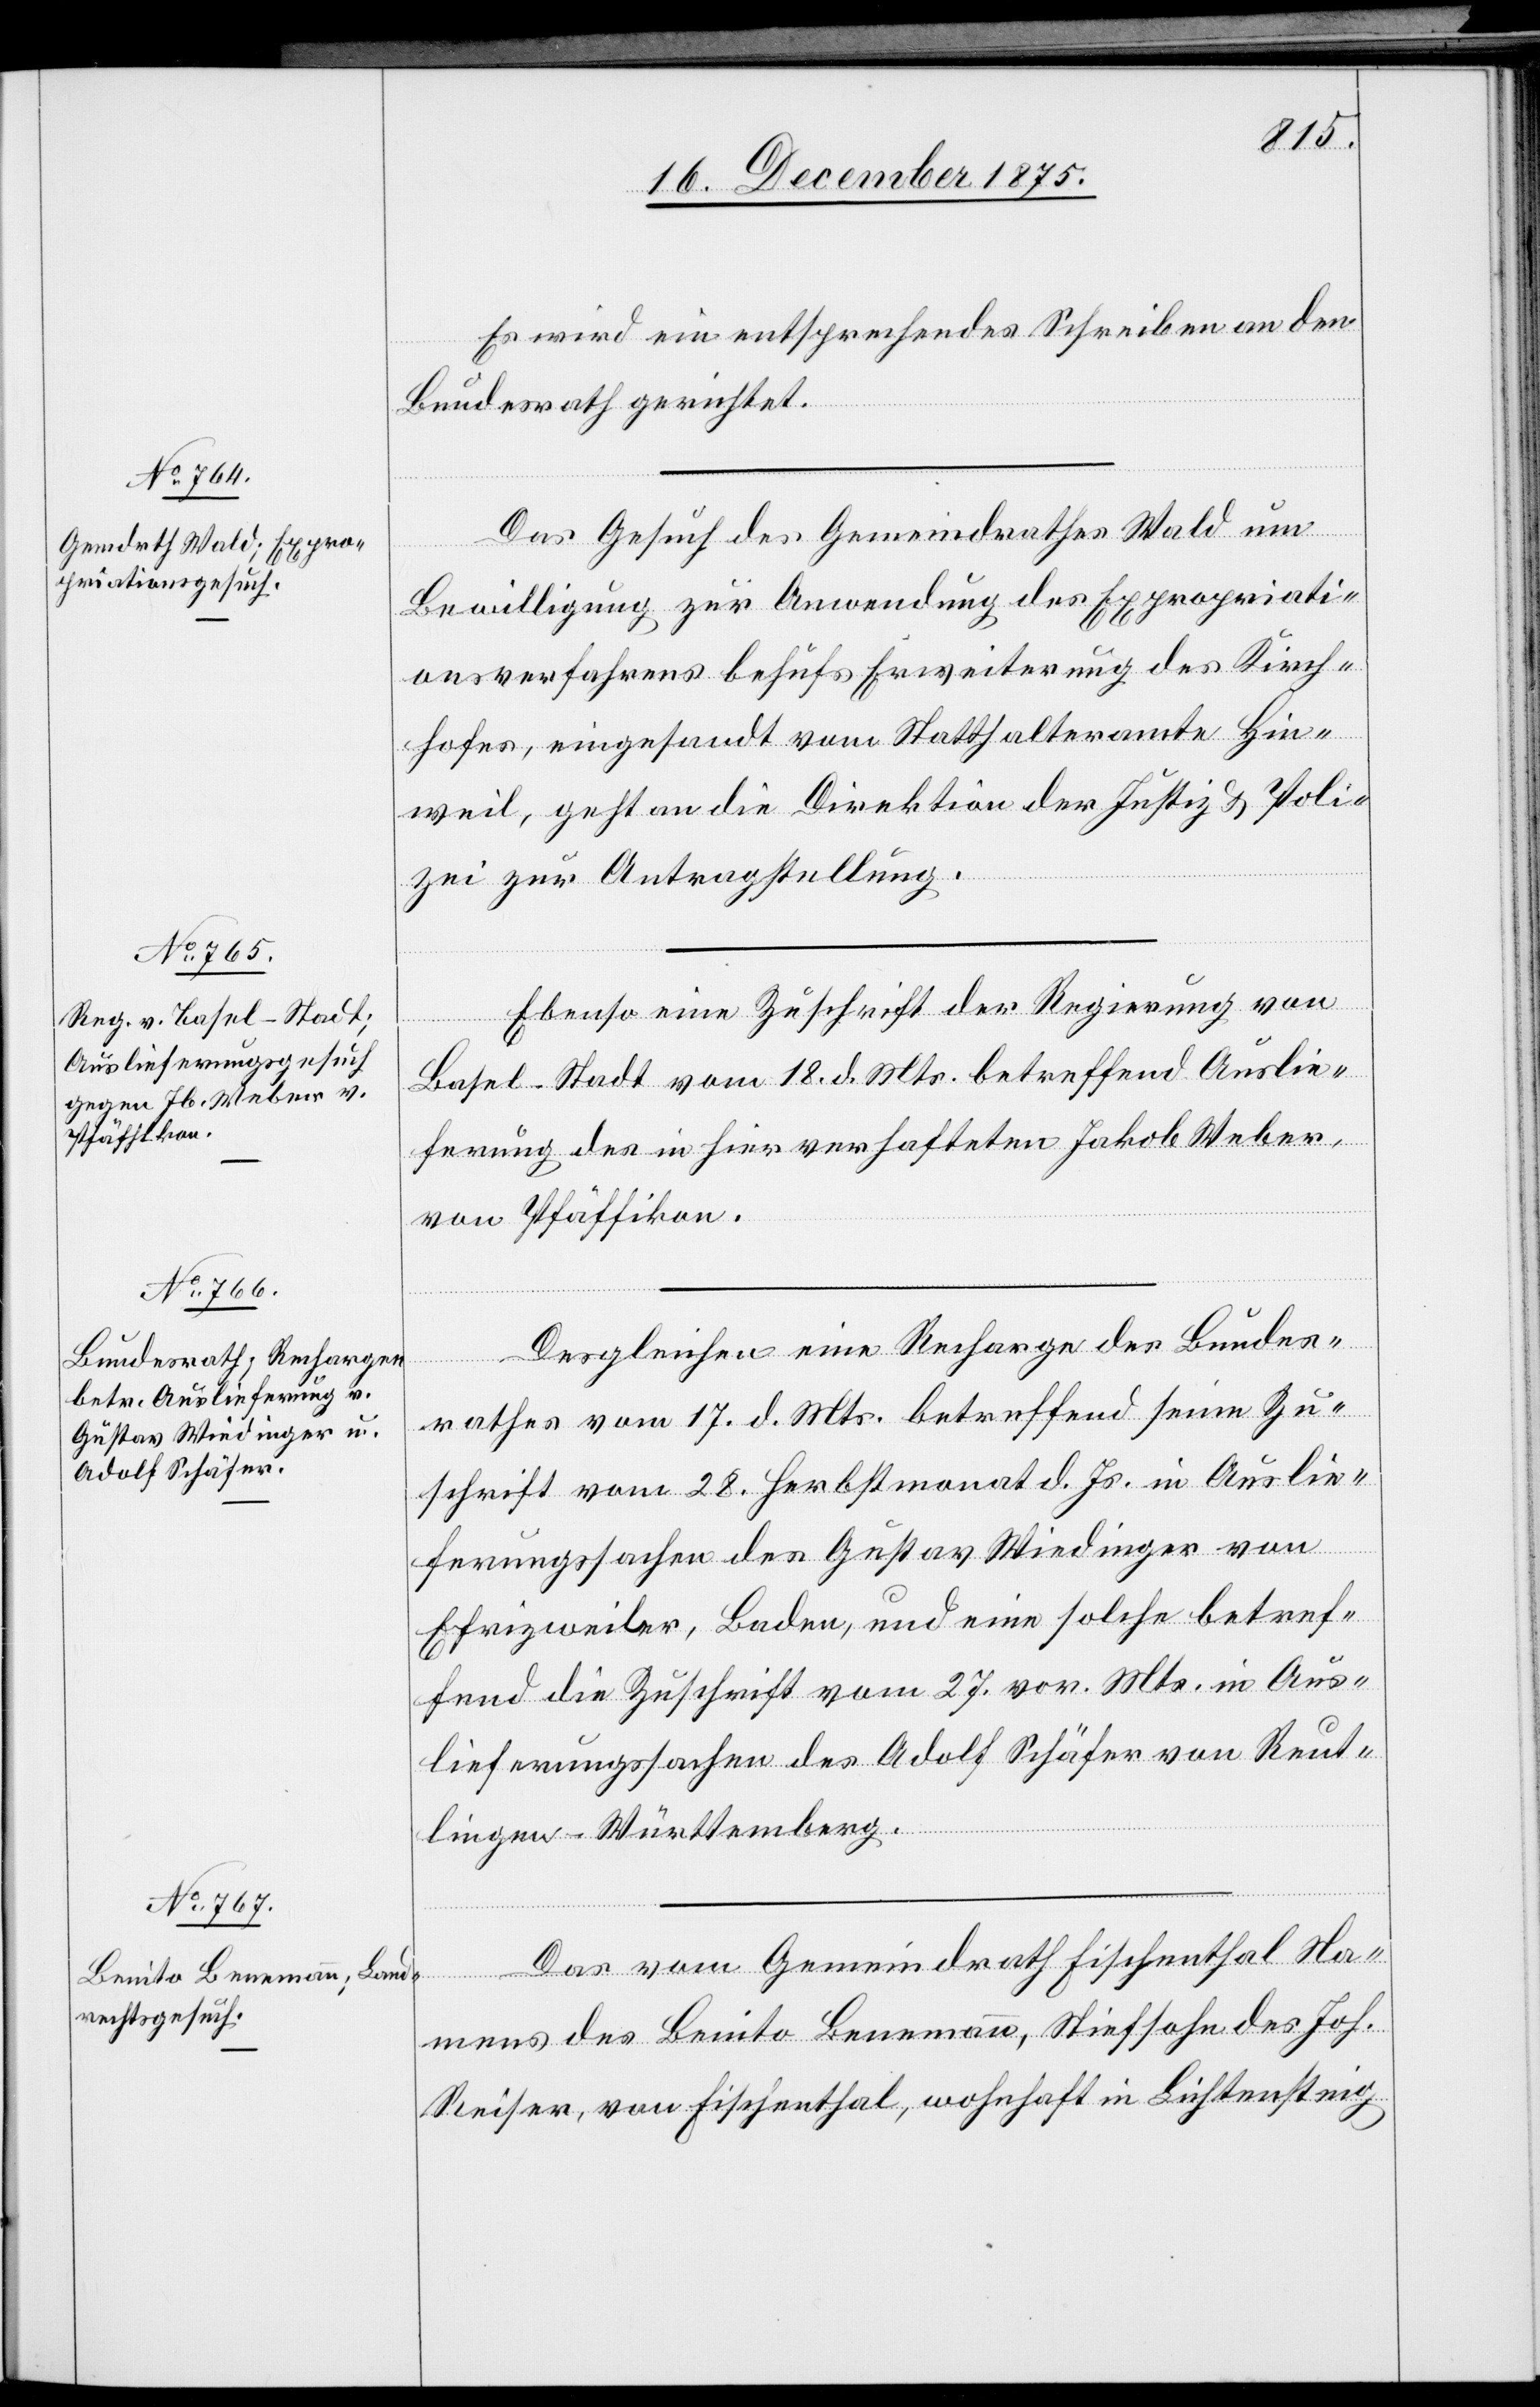
20. December 1875.]
Es wird ein entsprechendes Schreiben an den
Bundesrath gerichtet.
Das Gesuch des Gemeindrathes Wald um
Bewilligung zur Anwendung des Expropriati¬
onsverfahrens behufs Erweiterung des Kirch¬
hofes, eingesandt vom Statthalteramte Hin¬
weil, geht an die Direktion der Justiz & Poli¬
zei zur Antragstellung.
Ebenso eine Zuschrift der Regierung von
Basel-Stadt vom 18. d. Mts. betreffend Auslie¬
ferung des in hier verhafteten Jakob Weber,
von Pfäffikon.
Desgleichen eine Recharge des Bundes¬
rathes vom 17. d. Mts. betreffend seine Zu¬
schrift vom 28. Herbstmonat d. Js. in Auslie¬
ferungssachen des Gustav Wiedinger von
Efrizweiler, Baden, und eine solche betref¬
fend die Zuschrift vom 27. vor. Mts. in Aus¬
lieferungssachen des Adolf Schäfer von Reut¬
lingen - Württemberg.
Das vom Gemeindrath Fischenthal Na¬
mens des Benito Benemann, Stiefsohn des Joh.
Reiser, von Fischenthal, wohnhaft in Lichtensteig